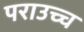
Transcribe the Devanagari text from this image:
पराउच्च